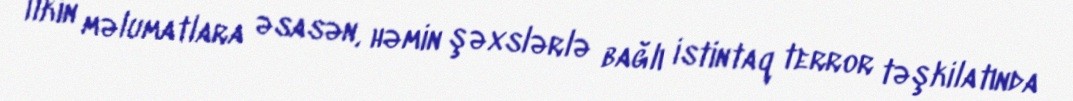
İlkin məlumatlara əsasən, həmin şəxslərlə bağlı istintaq terror təşkilatında